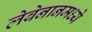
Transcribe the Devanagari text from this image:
लेबेनानमध्ये